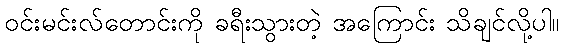
ဝင်းမင်းလ်တောင်းကို ခရီးသွားတဲ့ အကြောင်း သိချင်လို့ပါ။